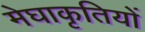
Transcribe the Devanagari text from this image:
मेघाकृतियों